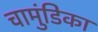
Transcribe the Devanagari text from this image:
चामुंडिका